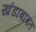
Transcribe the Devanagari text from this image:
खंडाबाबत